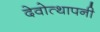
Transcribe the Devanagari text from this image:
देवोत्थापनी